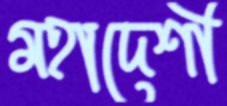
মহাদেশী